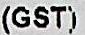
(GST)